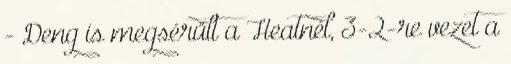
- Deng is megsérült a Heatnél, 3-2-re vezet a